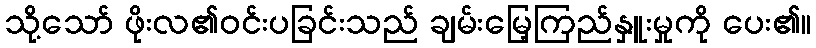
သို့သော် ဖိုးလ၏ဝင်းပခြင်းသည် ချမ်းမြေ့ကြည်နှူးမှုကို ပေး၏။